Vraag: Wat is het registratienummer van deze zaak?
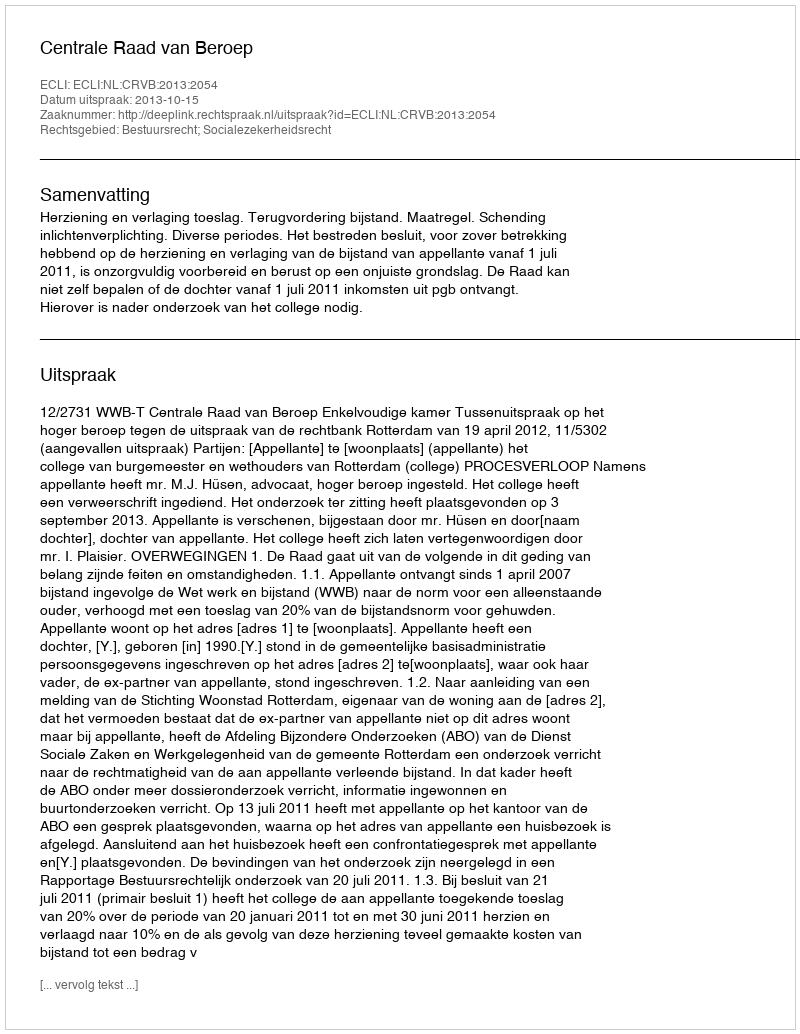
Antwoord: http://deeplink.rechtspraak.nl/uitspraak?id=ECLI:NL:CRVB:2013:2054